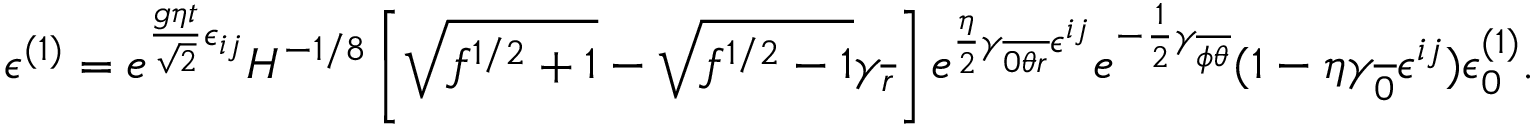
\epsilon ^ { ( 1 ) } = e ^ { { \frac { g \eta t } { \sqrt { 2 } } } \epsilon _ { i j } } { \cal H } ^ { - 1 / 8 } \left[ \sqrt { f ^ { 1 / 2 } + 1 } - \sqrt { f ^ { 1 / 2 } - 1 } \gamma _ { \overline { { { r } } } } \right] e ^ { { \frac { \eta } { 2 } } \gamma _ { \overline { { { 0 \theta r } } } } \epsilon ^ { i j } } e ^ { - { \frac { 1 } { 2 } } \gamma _ { \overline { { { \phi \theta } } } } } ( 1 - \eta \gamma _ { \overline { { { 0 } } } } \epsilon ^ { i j } ) \epsilon _ { 0 } ^ { ( 1 ) } .